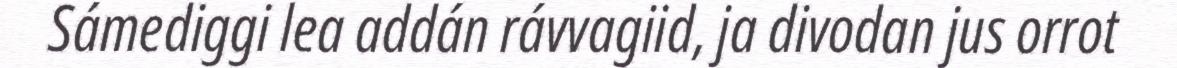
Sámediggi lea addán rávvagiid, ja divodan jus orrot